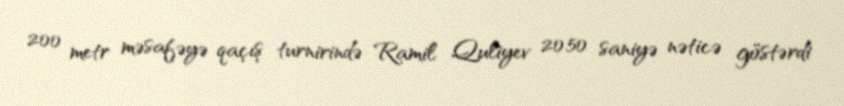
200 metr məsafəyə qaçış turnirində Ramil Quliyev 20.50 saniyə nəticə göstərdi